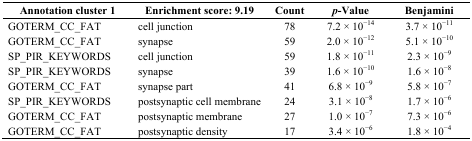
<table><thead><tr><td><b>Annotation cluster 1</b></td><td><b>Enrichment score: 9.19</b></td><td><b>Count</b></td><td><b><i>p</i>-Value</b></td><td><b>Benjamini</b></td></tr></thead><tbody><tr><td>GOTERM_CC_FAT</td><td>cell junction</td><td>78</td><td>7.2 × 10<sup>−14</sup></td><td>3.7 × 10<sup>−11</sup></td></tr><tr><td>GOTERM_CC_FAT</td><td>synapse</td><td>59</td><td>2.0 × 10<sup>−12</sup></td><td>5.1 × 10<sup>−10</sup></td></tr><tr><td>SP_PIR_KEYWORDS</td><td>cell junction</td><td>59</td><td>1.8 × 10<sup>−11</sup></td><td>2.3 × 10<sup>−9</sup></td></tr><tr><td>SP_PIR_KEYWORDS</td><td>synapse</td><td>39</td><td>1.6 × 10<sup>−10</sup></td><td>1.6 × 10<sup>−8</sup></td></tr><tr><td>GOTERM_CC_FAT</td><td>synapse part</td><td>41</td><td>6.8 × 10<sup>−9</sup></td><td>5.8 × 10<sup>−7</sup></td></tr><tr><td>SP_PIR_KEYWORDS</td><td>postsynaptic cell membrane</td><td>24</td><td>3.1 × 10<sup>−8</sup></td><td>1.7 × 10<sup>−6</sup></td></tr><tr><td>GOTERM_CC_FAT</td><td>postsynaptic membrane</td><td>27</td><td>1.0 × 10<sup>−7</sup></td><td>7.3 × 10<sup>−6</sup></td></tr><tr><td>GOTERM_CC_FAT</td><td>postsynaptic density</td><td>17</td><td>3.4 × 10<sup>−6</sup></td><td>1.8 × 10<sup>−4</sup></td></tr></tbody></table>